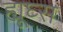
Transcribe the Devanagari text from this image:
ह्यूघ्स